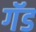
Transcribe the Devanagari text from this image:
गॅड